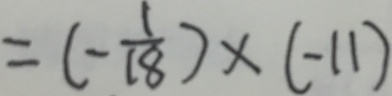
= ( - \frac { 1 } { 1 8 } ) \times ( - 1 1 )